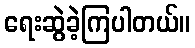
ရေးဆွဲခဲ့ကြပါတယ်။